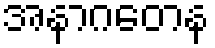
အနာဂတေန